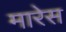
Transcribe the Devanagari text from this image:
मारेस